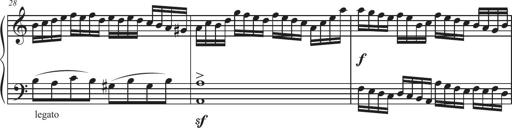
Title: Sonatina Espania
Composer: Jerald Franklin Archer
Key: Various